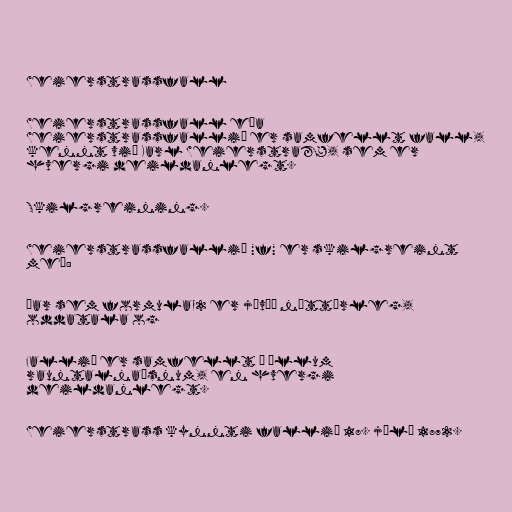
Weierstrassfall

Weierstrassfall eða
Weierstrassfallið er samfellt fall,
kennt við Karl Weierstraß, sem er
hvergi deildanlegt.

Skilgreining.

Weierstrassfallið "f" er skilgreint
með:

þar sem formula_2 er jávæð náttúrleg,
oddatala og

Fallið er samfellt á öllum
rauntalnaásnum, en hvergi
deildanlegt.

Weierstrass kynnti fallið 18. júlí 1872.